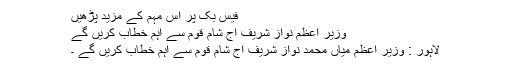
فیس بک پر اس مہم کے مزید پڑھیں
وزیر اعظم نواز شریف آج شام قوم سے اہم خطاب کریں گے
لاہور : وزیر اعظم میاں محمد نواز شریف آج شام قوم سے اہم خطاب کریں گے ۔